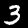
Label: 3